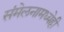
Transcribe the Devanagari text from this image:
संमेलनामध्येही